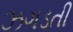
ઝગડતી